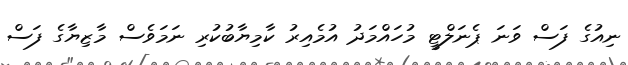
ނިއުގެ ފަސް ވަނަ ޕެނަލްޓީ މުހައްމަދު އުމެއިރު ކާމިޔާބުކުރި ނަމަވެސް މާޒިޔާގެ ފަސް